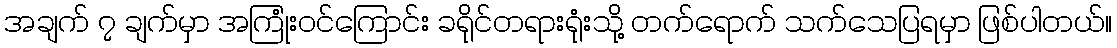
အချက် ၇ ချက်မှာ အကြုံးဝင်ကြောင်း ခရိုင်တရားရုံးသို့ တက်ရောက် သက်သေပြရမှာ ဖြစ်ပါတယ်။